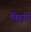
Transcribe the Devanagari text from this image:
निरुरि